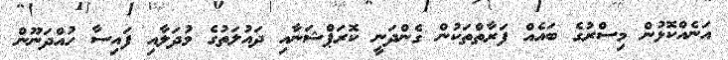
އަނެއްކޮޅުން މިސްރުގެ ބައެއް ފަރާތްތަކުން ގެންދަނީ ކޮރަޕްޝަނާއި ދައުލަތުގެ މުދަލާއި ފައިސާ ހުއްދަނޫން